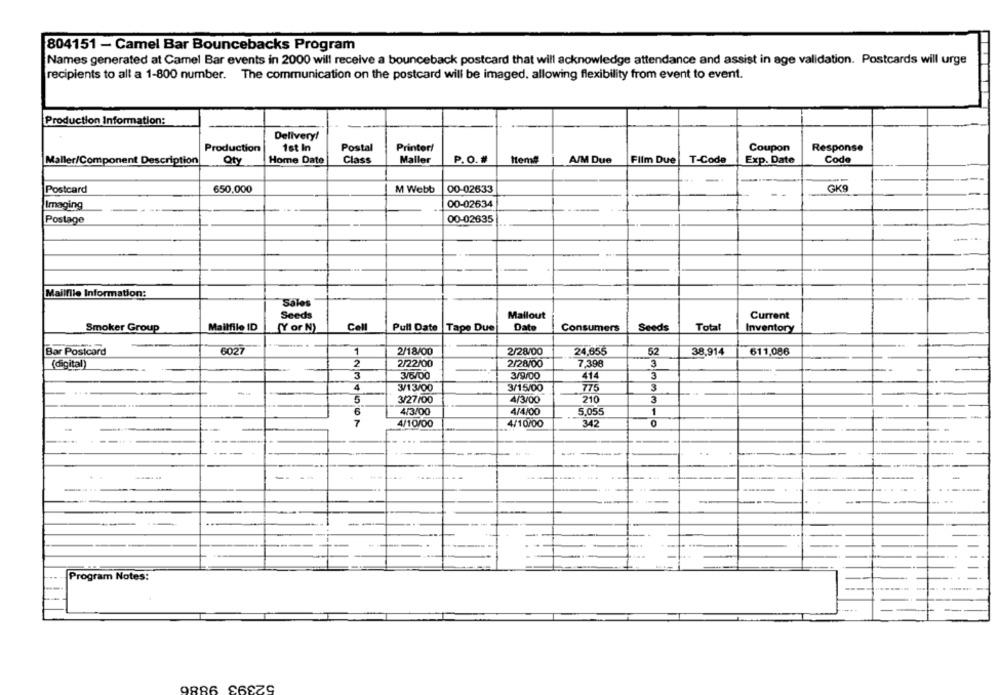
804151 - Camel Bar Bouncebacks Program
Names generated at Camel Bar events in 2000 will receive a bounceback postcard that will acknowledge attendance and assist in age validation. Postcards will urge
recipients to all a 1-800 number. The communication on the postcard will be imaged, allowing flexibility from event to event.
Production Information:
Delivery!
Production
1st In
Postal
Printer/
Coupon
Response
Maller/Component Description
Qty
Home Date
Class
Maller
P.O.#
Item#
A/M Due
Film Due
T-Code
Exp. Date
Code
-.
00-02633
GK9
Postcard
650,000
M Webb
Imaging
00-02634
Postage
00-02635
--
Mailflie Information:
Sales
Seeds
Mallout
Current
Mailfile ID
Cell
Pull Date
Tape Due
Date
Total
Smoker Group
(Y or N)
Consumers
Seeds
Inventory
Bar Postcard
6027
1
2/18/00
2/28/00
24,655
52
38,914
611,086
2
(digital)
2/22/00
2/28/00
7.398
3
3
3/9/00
3
3/6/00
414
4
3/13/00
3/15/00
775
3
-
5
3/27/00
4/3/00
210
3
1
6
4/3/00
4/4/00
5.055
7
4/10/00
4/10/00
342
---
--
----
Program Notes:
52393 9886